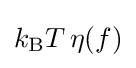
k_{\text{B}}T\,\eta (f)